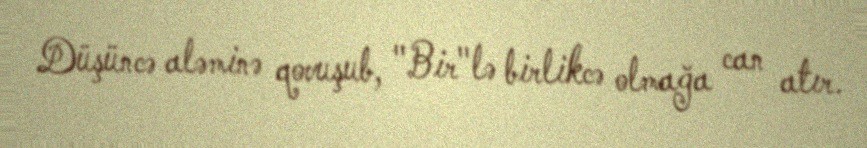
Düşüncə aləminə qovuşub, "Bir"lə birlikcə olmağa can atır.